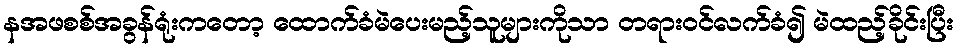
နအဖစစ်အခွန်ရုံးကတော့ ထောက်ခံမဲပေးမည့်သူများကိုသာ တရားဝင်လက်ခံ၍ မဲထည့်ခိုင်းပြီး